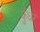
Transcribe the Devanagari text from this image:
कुँधर